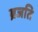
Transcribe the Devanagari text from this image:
ब्रजति